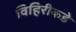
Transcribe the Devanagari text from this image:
विहिरीकडे